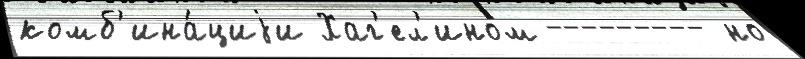
комб'ина́циjи Хаг'ел'ином --------- но